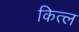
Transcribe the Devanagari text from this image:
कित्ल